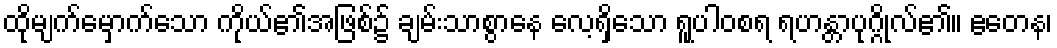
ထိုမျက်မှောက်သော ကိုယ်၏အဖြစ်၌ ချမ်းသာစွာနေ လေ့ရှိသော ရူပါဝစရ ရဟန္တာပုဂ္ဂိုလ်၏။ ဧတေန၊